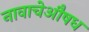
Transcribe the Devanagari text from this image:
नावाचेऔषध